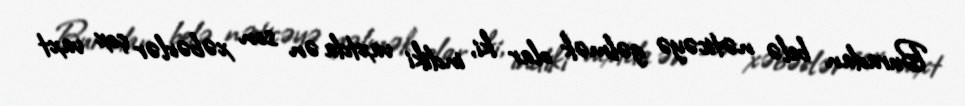
Buradan belə nəticəyə gəlmək olar ki, indiki vaxtda ən son xəbərlər çox vaxt